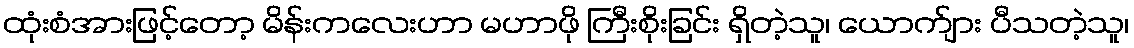
ထုံးစံအားဖြင့်တော့ မိန်းကလေးဟာ မဟာဖို ကြီးစိုးခြင်း ရှိတဲ့သူ၊ ယောက်ျား ပီသတဲ့သူ၊